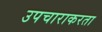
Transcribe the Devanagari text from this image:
उपचाराकरता